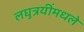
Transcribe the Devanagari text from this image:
लघुत्रयींमधले